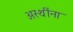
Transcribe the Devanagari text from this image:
अस्थींना